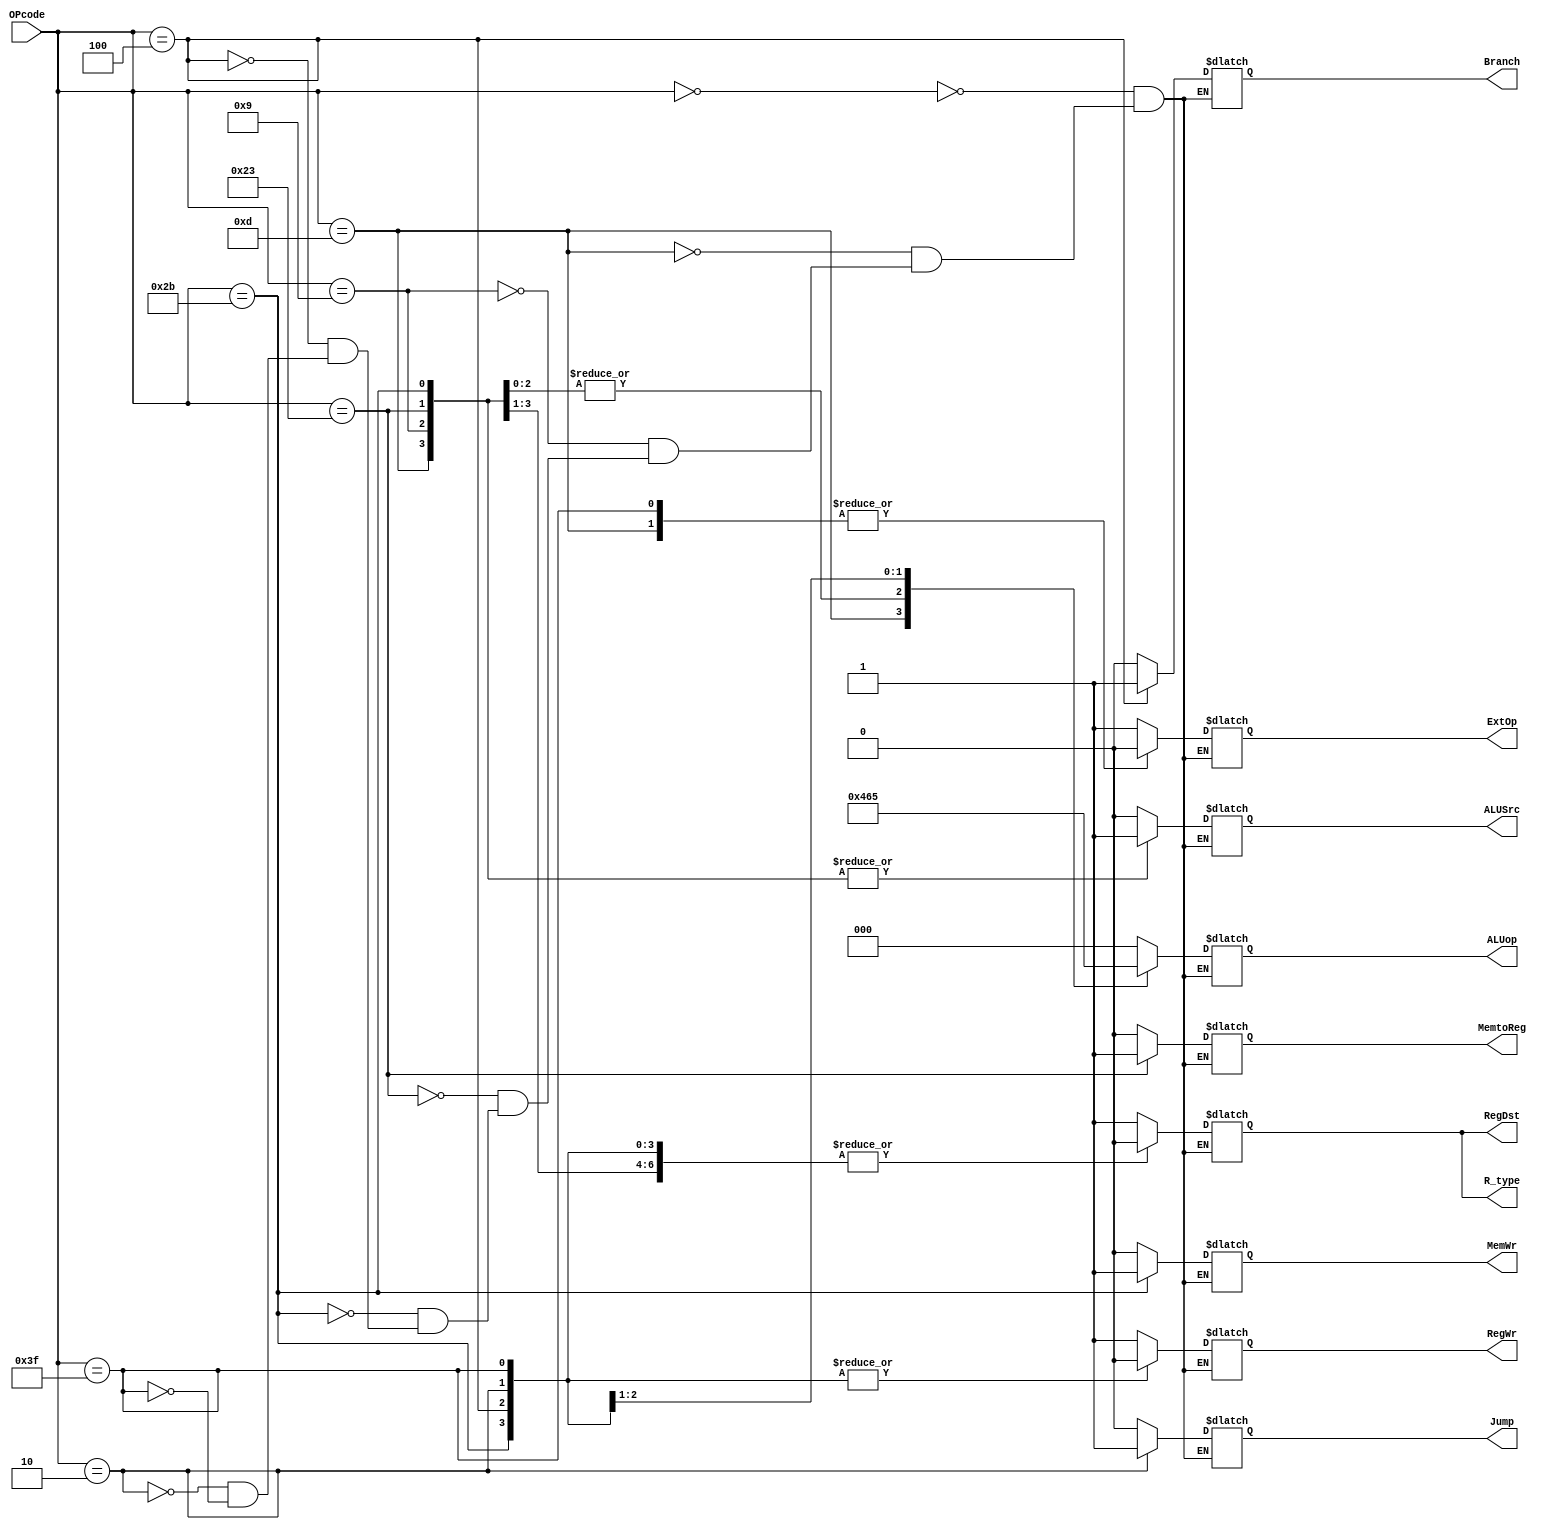

//op
module control(OPcode,Branch,Jump,RegDst,ALUSrc,ALUop,MemtoReg,RegWr,MemWr,ExtOp,R_type);
	input [5:0]OPcode;
	output reg Branch,Jump,RegDst,ALUSrc,MemtoReg,RegWr,MemWr,ExtOp,R_type;
	output reg[2:0] ALUop;
	initial begin
	Branch=0;
	Jump=0;
	RegDst=0;
	ALUSrc=0;
	ALUop=000;
	MemtoReg=0;
	RegWr=0;
	MemWr=0;
	ExtOp=0;
	R_type=0;
	end
	always @(OPcode)
	begin
		case(OPcode)
			6'b000000:		//R
			begin
				Branch=0;
				Jump=0;
				RegDst=1;
				ALUSrc=0;
				ALUop=000;
				MemtoReg=0;
				RegWr=1;
				MemWr=0;
				ExtOp=1;
				R_type=1;
			end
			6'b001101:		//or
			begin
				Branch=0;
				Jump=0;
				RegDst=0;
				ALUSrc=1;
				ALUop=010;
				MemtoReg=0;
				RegWr=1;
				MemWr=0;
				ExtOp=0;
				R_type=0;
			end
			6'b001001:		//addiu
			begin
				Branch=0;
				Jump=0;
				RegDst=0;
				ALUSrc=1;
				ALUop=001;
				MemtoReg=0;
				RegWr=1;
				MemWr=0;
				ExtOp=1;
				R_type=0;
			end
			6'b100011:		//lw
			begin
				Branch=0;
				Jump=0;
				RegDst=0;
				ALUSrc=1;
				ALUop=001;
				MemtoReg=1;
				RegWr=1;
				MemWr=0;
				ExtOp=1;
				R_type=0;
			end
			6'b101011:		//sw
			begin
				Branch=0;
				Jump=0;
				RegDst=0;
				ALUSrc=1;
				ALUop=001;
				MemtoReg=0;
				RegWr=0;
				MemWr=1;
				ExtOp=1;
				R_type=0;
			end
			6'b000100:		//beq
			begin
				Branch=1;
				Jump=0;
				RegDst=0;
				ALUSrc=0;
				ALUop=100;
				MemtoReg=0;
				RegWr=0;
				MemWr=0;
				ExtOp=1;
				R_type=0;
			end
			6'b000010:		//jump
			begin
				Branch=0;
				Jump=1;
				RegDst=0;
				ALUSrc=0;
				ALUop=101;
				MemtoReg=0;
				RegWr=0;
				MemWr=0;
				ExtOp=1;
				R_type=0;
			end
			6'b111111:		//nop
			begin
				Branch=0;
				Jump=0;
				RegDst=0;
				ALUSrc=0;
				ALUop=000;
				MemtoReg=0;
				RegWr=0;
				MemWr=0;
				ExtOp=0;
				R_type=0;
			end
		endcase
	end
endmodule